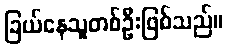
ခြယ်နေသူတစ်ဦးဖြစ်သည်။